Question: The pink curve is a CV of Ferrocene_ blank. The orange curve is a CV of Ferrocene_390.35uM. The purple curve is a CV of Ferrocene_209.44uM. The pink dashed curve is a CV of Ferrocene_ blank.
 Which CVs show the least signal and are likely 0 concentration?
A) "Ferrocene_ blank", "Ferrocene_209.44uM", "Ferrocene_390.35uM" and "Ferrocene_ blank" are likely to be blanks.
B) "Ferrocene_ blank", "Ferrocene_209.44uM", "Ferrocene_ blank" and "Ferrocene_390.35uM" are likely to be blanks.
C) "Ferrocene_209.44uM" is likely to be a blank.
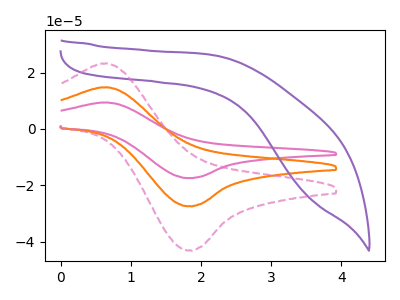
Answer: <think>The pink curve "Ferrocene_ blank" has an anodic peak at (0.60V, 29.60uA) and a cathodic peak at (1.85V, -54.80uA). The orange curve "Ferrocene_390.35uM" has an anodic peak at (0.60V, 14.80uA) and a cathodic peak at (1.85V, -27.40uA). The purple curve "Ferrocene_209.44uM" has no peaks. The pink dashed curve "Ferrocene_ blank" has an anodic peak at (0.60V, 23.25uA) and a cathodic peak at (1.85V, -43.10uA).</think>
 <answer>C) "Ferrocene_209.44uM" is likely to be a blank.</answer>
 <eval>C</eval>